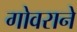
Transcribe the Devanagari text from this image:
गोवराने